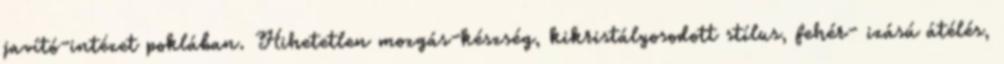
javító-intézet poklában. Hihetetlen mozgás-készség, kikristályosodott stílus, fehér- izású átélés,